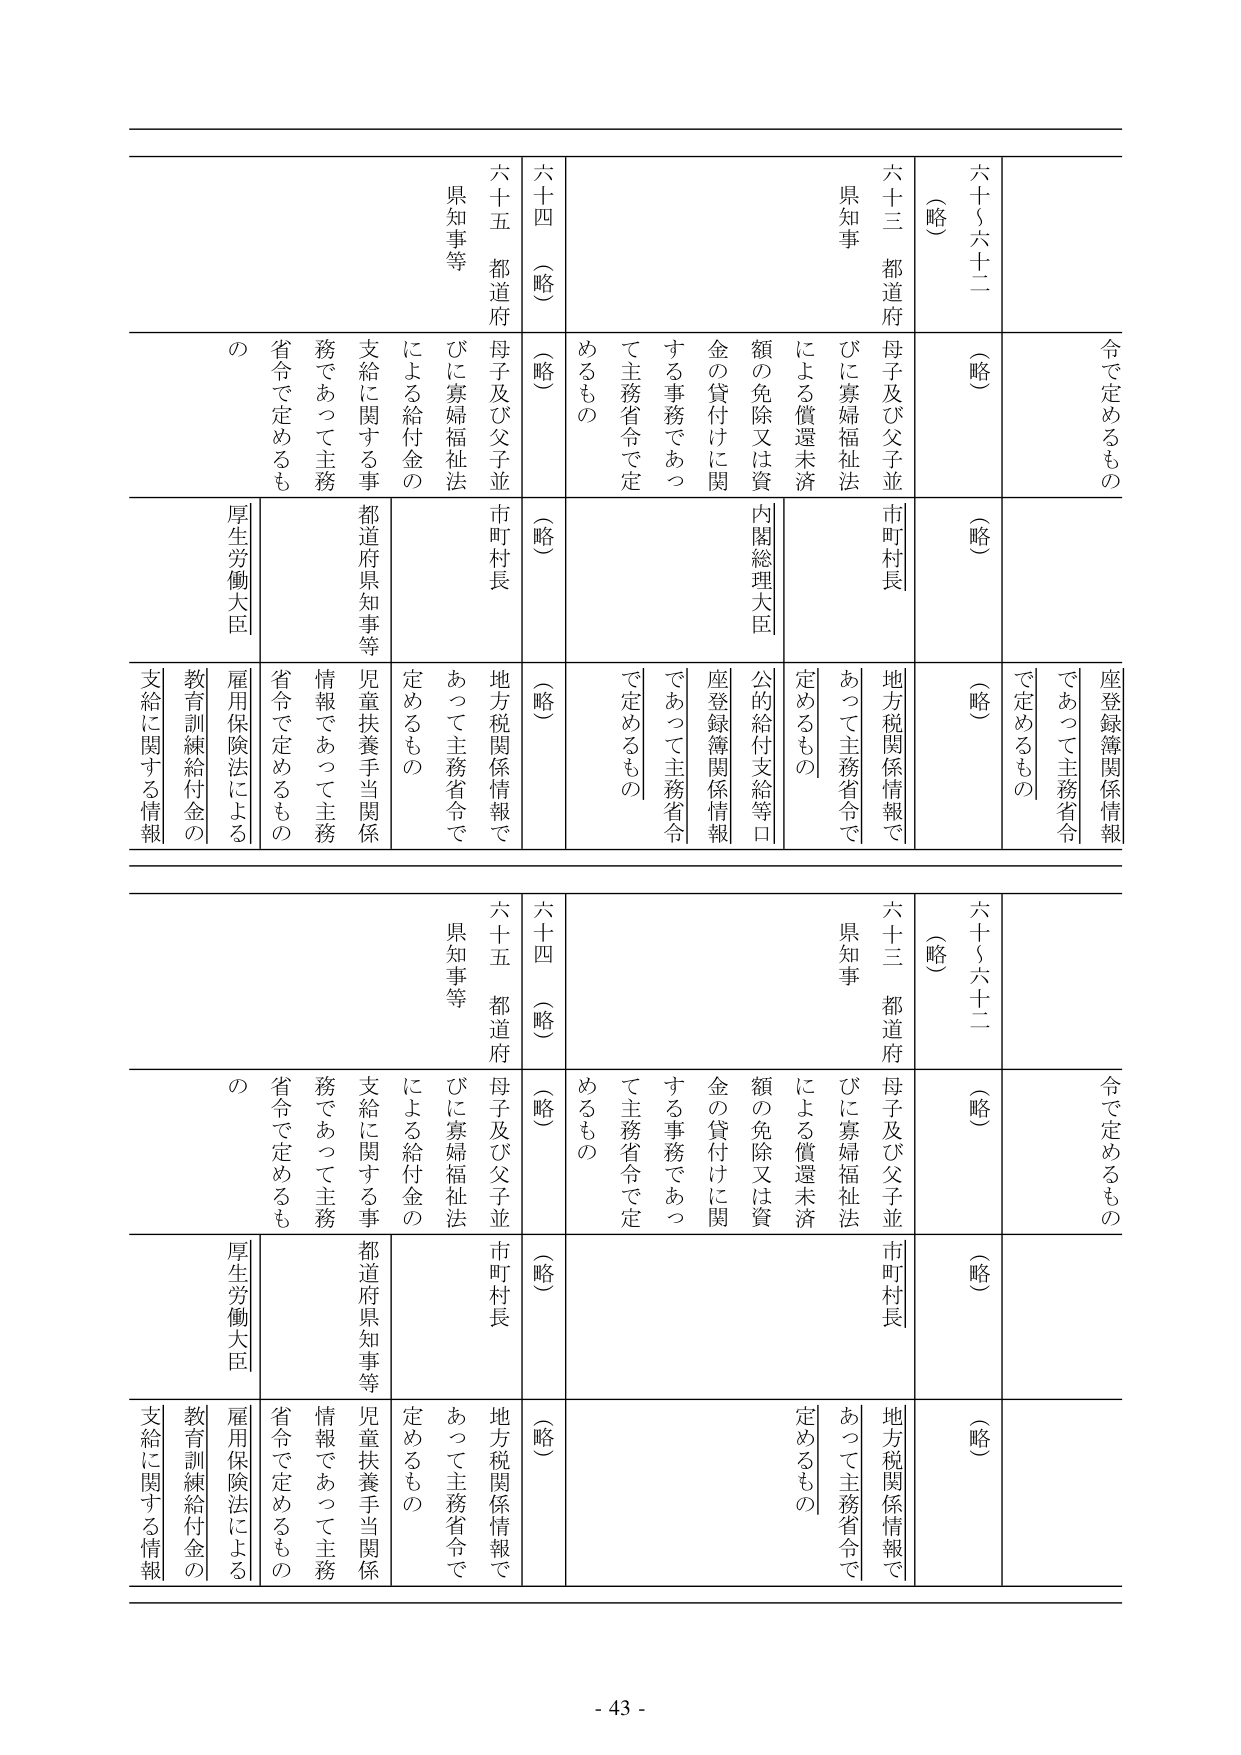
六十二（略）
六十三 都道府
県知事
母子及び父子並びに寡婦福祉法による償還未済額の免除又は資金の貸付けに関する事務であつて主務省令で定めるもの
六十四（略）
六十五 都道府
県知事等
母子及び父子並びに寡婦福祉法による給付金の支給に関する事務であつて主務省令で定めるもの
令で定めるもの
（略）
市町村長
地方税関係情報であつて主務省令で定めるもの
内閣総理大臣
公的給付支給等口座登録簿関係情報であつて主務省令で定めるもの
厚生労働大臣
児童扶養手当関係情報であつて主務省令で定めるもの
雇用保険法による教育訓練給付金の支給に関する情報

六十二（略）
六十三 都道府
県知事
母子及び父子並びに寡婦福祉法による償還未済額の免除又は資金の貸付けに関する事務であつて主務省令で定めるもの
六十四（略）
六十五 都道府
県知事等
母子及び父子並びに寡婦福祉法による給付金の支給に関する事務であつて主務省令で定めるもの
令で定めるもの
（略）
市町村長
地方税関係情報であつて主務省令で定めるもの
内閣総理大臣
公的給付支給等口座登録簿関係情報であつて主務省令で定めるもの
厚生労働大臣
児童扶養手当関係情報であつて主務省令で定めるもの
雇用保険法による教育訓練給付金の支給に関する情報

- 43 -